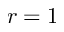
r = 1